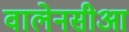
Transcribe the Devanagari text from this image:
वालेनसीआ